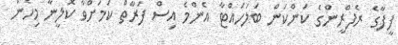
ފީފާގެ ރެފްރީންގެ ކަންކަން ބަލަހައްޓާ އެންމެ އިސް ފަރާތް ކަމަށްވާ ކޮލީނާ މިހެން